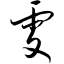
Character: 雯